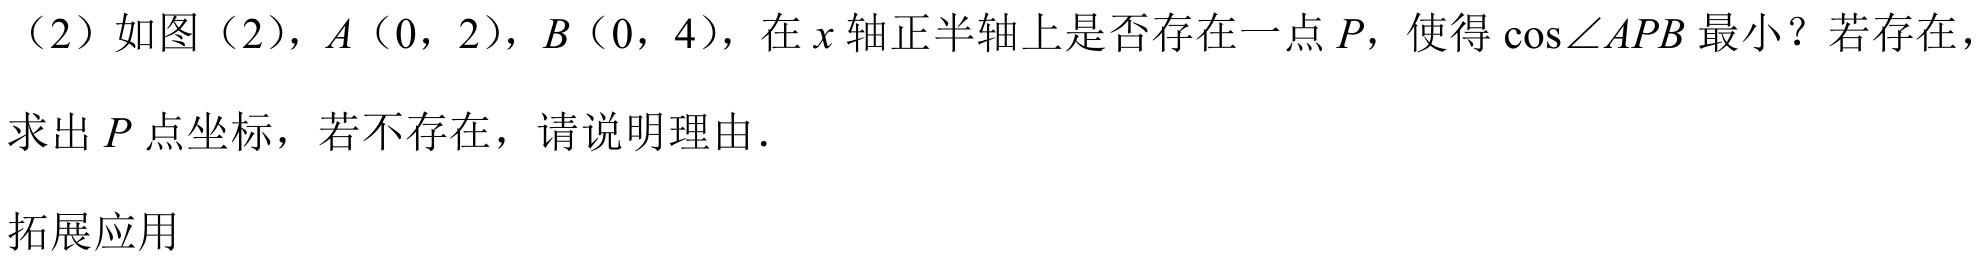
（2）如图（2），$A(0,2)$，$B(0,4)$，在$x$轴正半轴上是否存在一点$P$，使得$\cos\angle APB$最小？若存在，求出$P$点坐标，若不存在，请说明理由.

拓展应用